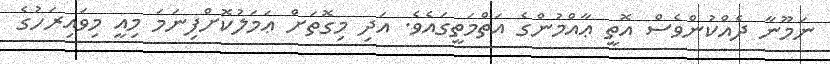
ނަމޫނާ ދެއްކުންވެސް އޮތީ ޢާއްމުންގެ އަތްމަތީގައެވެ. އަދި މިގޮތަށް ޢަމަލުކޮށްފިނަމަ މިއީ މިވައިރަހުގެ